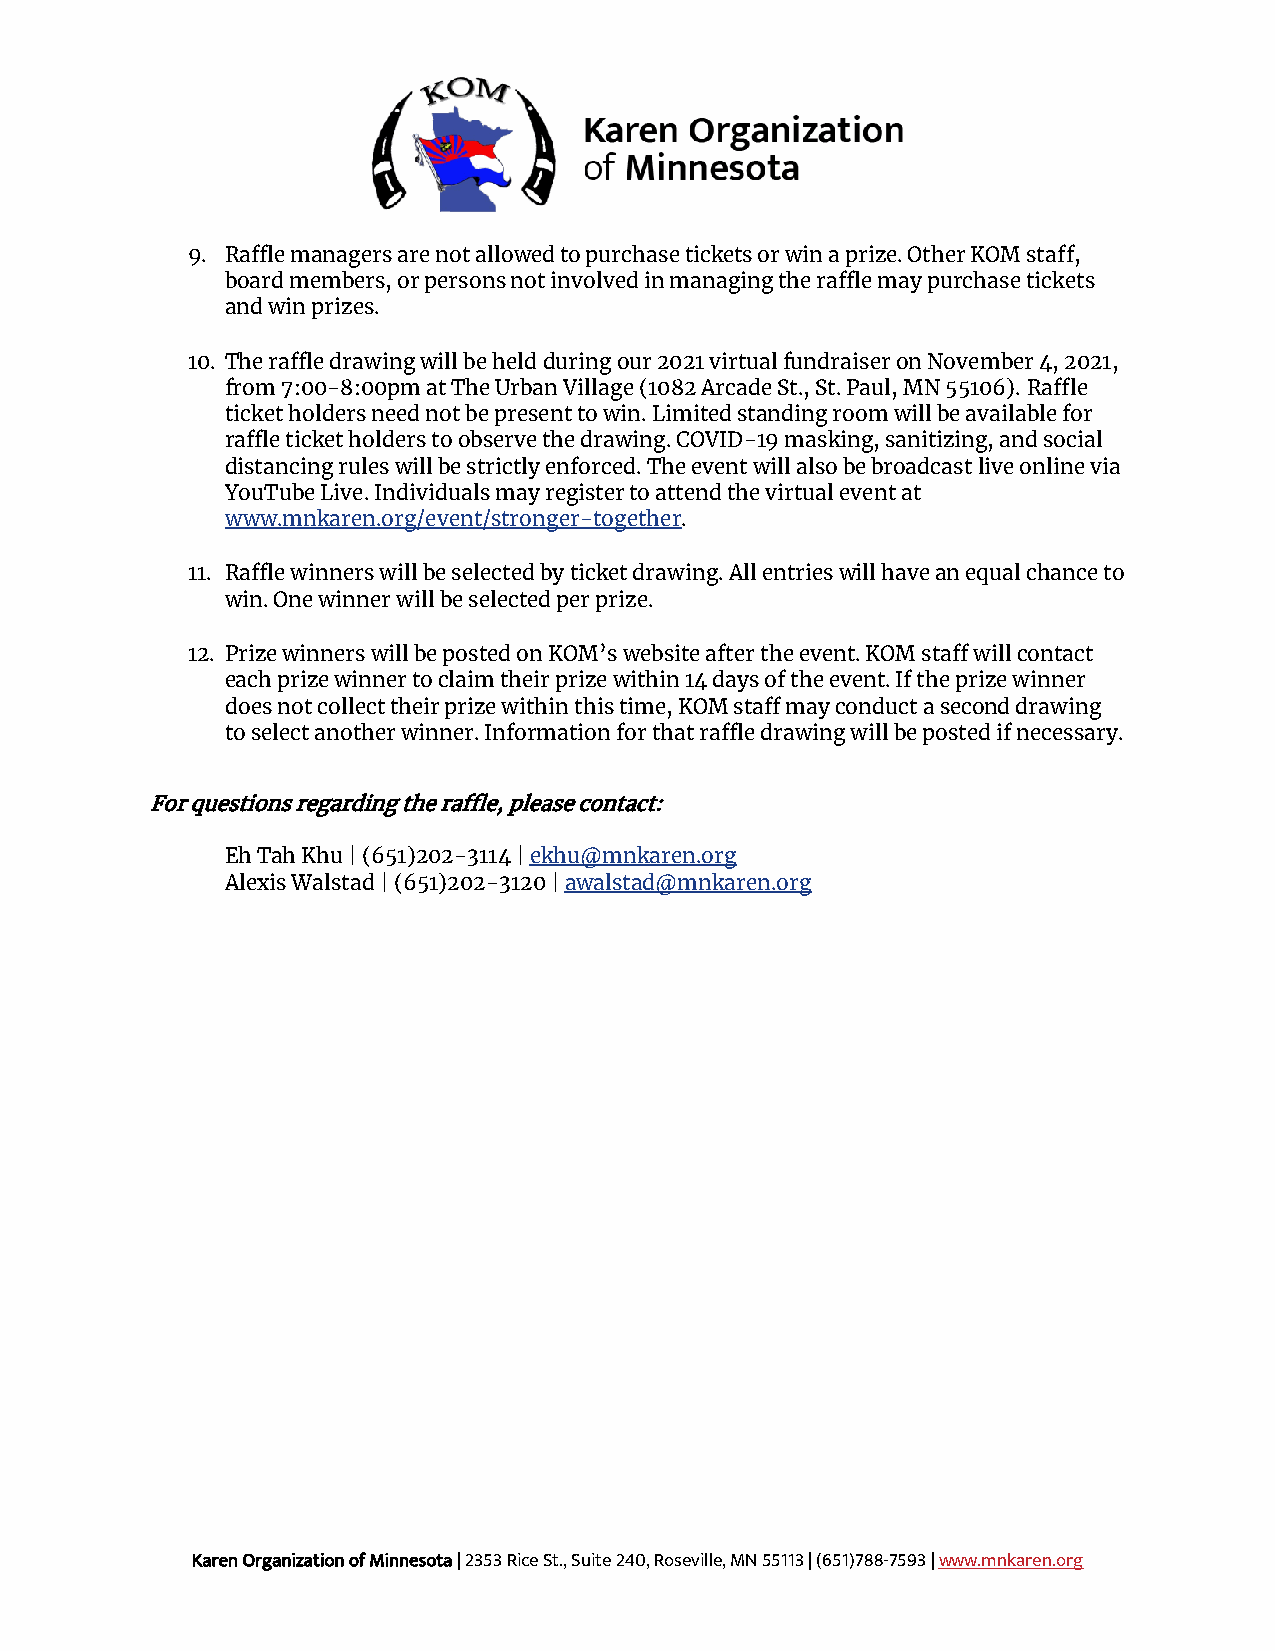
9. Raffle managers are not allowed to purchase tickets or win a prize. Other KOM staff,
 board members, or persons not involved in managing the raffle may purchase tickets
 and win prizes.
 10. The raffle drawing will be held during our 2021 virtual fundraiser on November 4, 2021,
 from 7:00-8:00pm at The Urban Village (1082 Arcade St., St. Paul, MN 55106). Raffle
 ticket holders need not be present to win. Limited standing room will be available for
 raffle ticket holders to observe the drawing. COVID-19 masking, sanitizing, and social
 distancing rules will be strictly enforced. The event will also be broadcast live online via
 YouTube Live. Individuals may register to attend the virtual event at
 www.mnkaren.org/event/stronger-together.
 11. Raffle winners will be selected by ticket drawing. All entries will have an equal chance to
 win. One winner will be selected per prize.
 12. Prize winners will be posted on KOM’s website after the event. KOM staff will contact
 each prize winner to claim their prize within 14 days of the event. If the prize winner
 does not collect their prize within this time, KOM staff may conduct a second drawing
 to select another winner. Information for that raffle drawing will be posted if necessary.
 For questions regarding the raffle, please contact:
 Eh Tah Khu | (651)202-3114 | ekhu@mnkaren.org
 Alexis Walstad | (651)202-3120 | awalstad@mnkaren.org
 Karen Organization of Minnesota | 2353 Rice St., Suite 240, Roseville, MN 55113 | (651)788-7593 | www.mnkaren.org